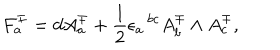
F _ { a } ^ { \mp } = d A _ { a } ^ { \mp } + { \frac { 1 } { 2 } } \epsilon _ { a } \, ^ { b c } A _ { b } ^ { \mp } \wedge A _ { c } ^ { \mp } ,